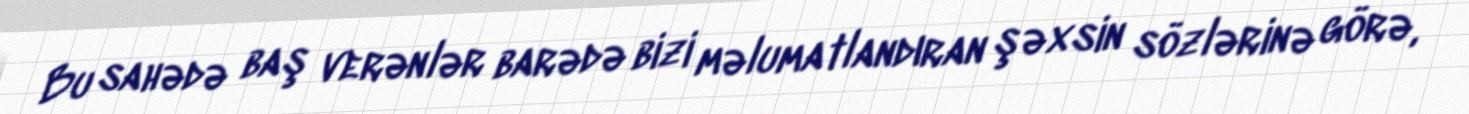
Bu sahədə baş verənlər barədə bizi məlumatlandıran şəxsin sözlərinə görə,